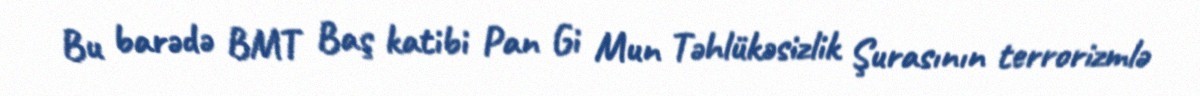
Bu barədə BMT Baş katibi Pan Gi Mun Təhlükəsizlik Şurasının terrorizmlə